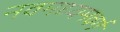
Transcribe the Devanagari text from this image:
नवमध्यमवर्ग